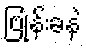
ဗြုန်းခနဲ